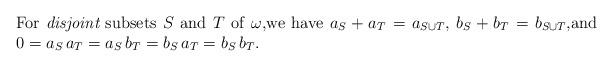
LaTeX: \begin{align*}\begin{minipage}[c]{35pc}For {\em disjoint} subsets $S$ and $T$ of $\omega,$we have $a_S + a_T=a_{S\cup T},$ $b_S + b_T=b_{S\cup T},$and $0=a_S\,a_T=a_S\,b_T=b_S\,a_T=b_S\,b_T.$\end{minipage}\end{align*}